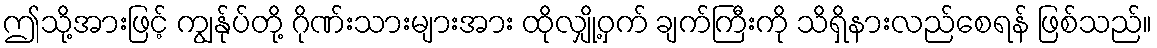
ဤသို့အားဖြင့် ကျွန်ုပ်တို့ ဂိုဏ်းသားများအား ထိုလျှို့ဝှက် ချက်ကြီးကို သိရှိနားလည်စေရန် ဖြစ်သည်။